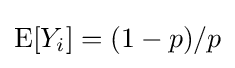
\operatorname {E} [Y_{i}]=(1-p)/p